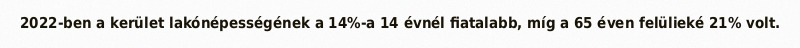
2022-ben a kerület lakónépességének a 14%-a 14 évnél fiatalabb, míg a 65 éven felülieké 21% volt.